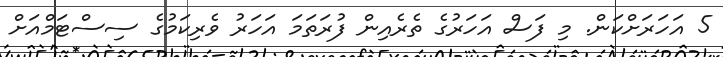
5 އަހަރަށްކަން. މި ފަސް އަހަރުގެ ތެރެއިން ފުރަތަމަ އަހަރު ވެރިކަމުގެ ސިސްޓަމްއަށް